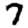
Digit: 7